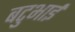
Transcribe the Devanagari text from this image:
बटुभाई